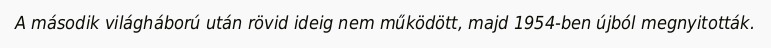
A második világháború után rövid ideig nem működött, majd 1954-ben újból megnyitották.